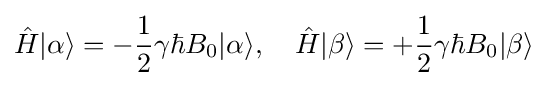
{\hat {H}}|\alpha \rangle =-{\frac {1}{2}}\gamma \hbar B_{0}|\alpha \rangle ,\quad {\hat {H}}|\beta \rangle =+{\frac {1}{2}}\gamma \hbar B_{0}|\beta \rangle